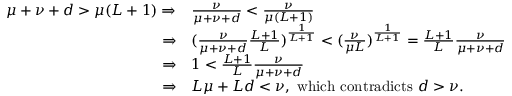
\begin{array} { r l } { \mu + \nu + d > \mu ( L + 1 ) \Rightarrow } & { \frac { \nu } { \mu + \nu + d } < \frac { \nu } { \mu ( L + 1 ) } } \\ { \Rightarrow } & { ( \frac { \nu } { \mu + \nu + d } \frac { L + 1 } { L } ) ^ { \frac { 1 } { L + 1 } } < ( \frac { \nu } { \mu L } ) ^ { \frac { 1 } { L + 1 } } = \frac { L + 1 } { L } \frac { \nu } { \mu + \nu + d } } \\ { \Rightarrow } & { 1 < \frac { L + 1 } { L } \frac { \nu } { \mu + \nu + d } } \\ { \Rightarrow } & { L \mu + L d < \nu , \mathrm { ~ w h i c h ~ c o n t r a d i c t s ~ } d > \nu . } \end{array}